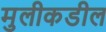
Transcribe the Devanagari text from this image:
मुलीकडील